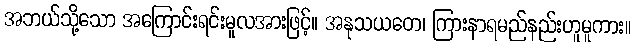
အဘယ်သို့သော အကြောင်းရင်းမူလအားဖြင့်။ အနုသယတေ၊ ကြားနာရမည်နည်းဟူမူကား။